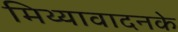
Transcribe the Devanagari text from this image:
मिथ्यावादनके